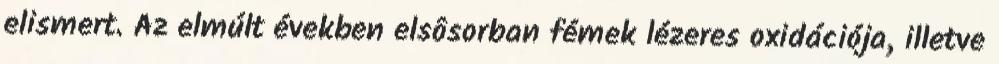
elismert. Az elmúlt években elsôsorban fémek lézeres oxidációja, illetve